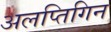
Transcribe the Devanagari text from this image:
अलप्तिगिन